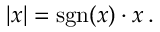
| x | = \operatorname { s g n } ( x ) \cdot x \, .